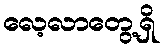
လေ့လာတွေ့ရှိ